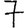
Digit: 7